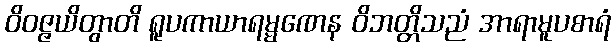
ဝိဝဇ္ဇယိတွာတိ ရူပကာယာရမ္မဏေန ဝိဘတ္တိသညံ အာရာမူပစာရံ